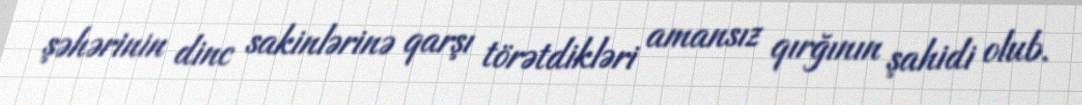
şəhərinin dinc sakinlərinə qarşı törətdikləri amansız qırğının şahidi olub.